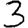
Digit: 3